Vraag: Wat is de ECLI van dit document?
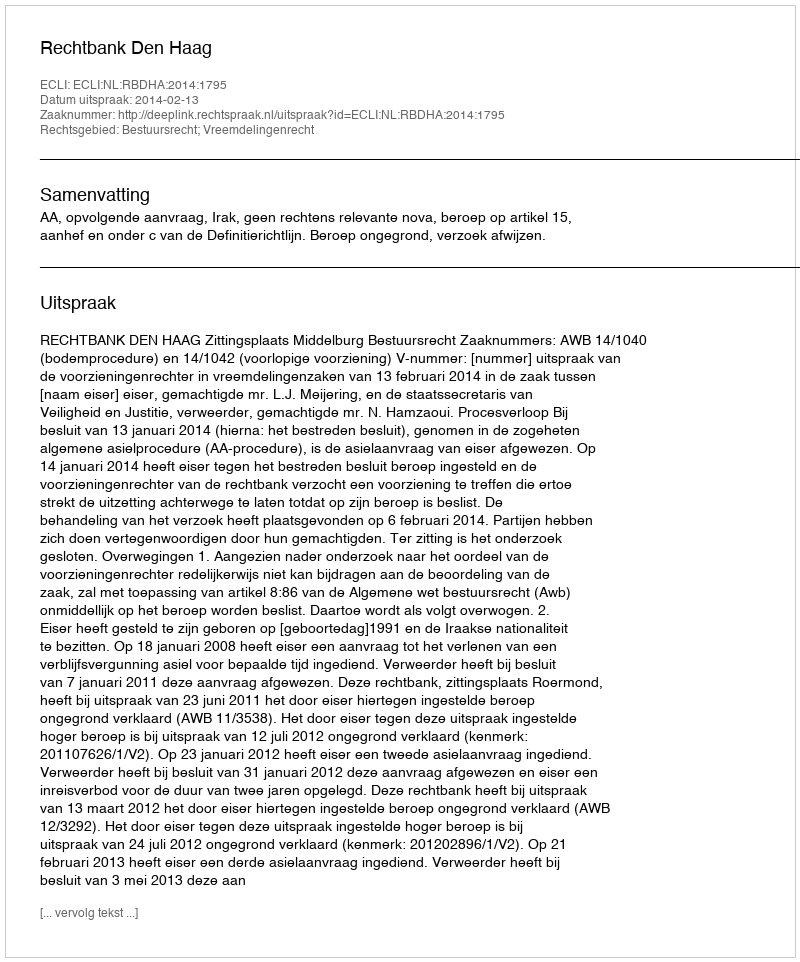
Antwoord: ECLI:NL:RBDHA:2014:1795